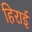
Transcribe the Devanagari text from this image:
हिराई